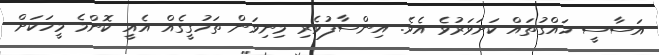
އަސާސީ ހައްގުތައް ކަށަވަރުވެ އެވެ. އިންސާފުވެރި މިނިވަން ތަހުގީގެއް އެއީ ކޮންމެ މީހަކަށް